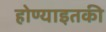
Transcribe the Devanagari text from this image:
होण्याइतकी